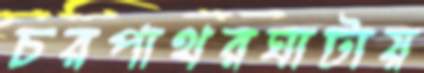
চরপাথরঘাটায়